Calcutta medical institutions reports 1879-81 [i.e.91]
Year: 1879
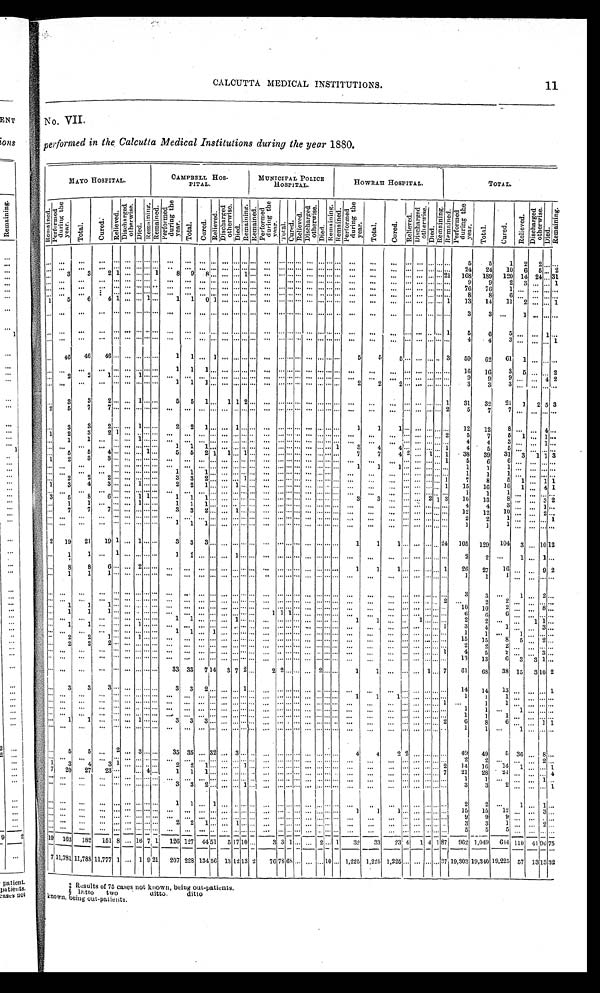
CALCUTTA MEDICAL INSTITUTIONS. 11
NO. VII.
performed in the Calcutta Medical Institutions during the year 1880.
MAYO HOSPITAL.
CAMPBELL HOS-
PITAL.
MUNICIPAL POLICE
HOSPITAL.
HOWRAH HOSPITAL.
TOTAL.
R e m a i n e d . P e r f o r m e d
d u r i n g t h e
y e a r .
T o t a l .
C u r e d .
R e l i e v e d .
D i s c h a r g e d
o t h e r w i s e .
D i e d .
R e m a i n i n g . R e m a i n e d .
P e r f o r m e d
d u r i n g t h e
y e a r .
T o t a l . C u r e d . R e l i e v e d .
D i s c h a r g e d
o t h e r w i s e .
D i e d .
R e m a i n i n g . R e m a i n e d .
P e r f o r m e d
d u r i n g t h e
y e a r .
T o t a l . C u r e d . R e l i e v e d .
D i s c h a r g e d
o t h e r w i s e .
D i e d .
R e m a i n i n g . R e m a i n e d .
P e r f o r m e d
d u r i n g t h e
y e a r .
T o t a l .
C u r e d .
R e l i e v e d . D i s c h a r g e d
o t h e r w i s e .
D i e d .
R e m a i n i n g .
R e m a i n e d .
P e r f o r m e d
d u r i n g t h e
y e a r .
T o t a l .
C u r e d .
R e l i e v e d .
D i s c h a r g e d
o t h e r w i s e .
D i e d .
. . . . . .
. . .
. . .
. . . . . . . . . . . . . . . . . .
. . . . . . . . . . . . . . .
. . .
. . . . . .
. . . . . . . . . . . . . . . . . . . . . . . .
. . .
. . .
. . . . . . . . . . . . . . . 5
5
1
2 2 . . .
...
. . .
. . .
. . .
. . . . . . . . . . . . . . . . . .
. . . . . . . . . . . . . . . . . . . . . . . .
. . . . . . . . . . . . . . . . . . . . . . . .
. . .
. . .
... ...
. . . . . . . .
... 24 24 10 6 5
. . .
. . .
3
3
2 1
. . . . . . . . .
1
8 9
8 . . . . . .
...
1 . . .
... ... .....
. . .
...
. . .
.......
. . . . . .
... ... ...
. . . _
... ... 21 168 189 120 14
2 4 . . .
. . . . . .
. . .
. . .
. . . . . . . . . . . . . . . . . .
. . . . . . . . . . . . . . . . . . . . . . . .
. . .
.......
. . . . . . . . .
......
. . .
... ...
... ... ... ... ... ...
9
9
2 3 ...
. . .
1
. . . . . .
. . .
. . .
. . . . . . . . . . . . . . . . . .
. . . . . . . . . . . . . . . . . . . . . . . .
. . . . . . . . . . . . . . . . . . . . . . . .
. . .
...
. . . . . . . . .
.......
. . .
76 76
1
. . . . . .
. . .
. . . . . .
. . .
. . .
. . . . . . . . . . . . . . . . . .
. . . . . . . . . . . . . . . . . . . . . . . .
. . . . . . . . . . . . . . . . . . . . . . . .
. . .
. . .
. . . . . . . . . . . . . . .
8
8
6 . . . . . . . . .
1
5
6
4
1 . . .
...
1
...
1
1 0 1 . . . . . . . . . . . . . . .
. . . . . . . . . . . . . . . . . . . . . . . .
. . .
. . .
. . . . . . . . . . . 1 1 3
1 4
1 1
2 . . . . . .
. . . . . .
. . .
. . .
. . . . . . . . . . . . . . . . . .
. . . . . . . . . . . . . . . . . . . . . . . .
. . . . . . . . . . . . . . . . . . . . . . . .
. . .
. . .
. . . . . . . . . . . . . . .
3
3 ...
1
. . . . . .
...
. . . . . .
. . .
. . .
. . . . . . . . . . . . . . . . . .
. . . . . . . . . . . . . . . . . . . . . . . .
. . . . . . . . . . . . . . . . . . . . . . . .
. . .
. . .
. . . . . . . . . . . .
1
5
6
5
. . . . . . 1
...
. . . . . .
. . .
. . . . . . . . . . . . . . . . . .
. . . . . . . . . . . . . . . . . . . . . . . .
. . . . . . . . . . . . . . . . . . . . . . . .
. . .
. . .
. . . . . . . . . . . . . . .
4
4
3
. . . . . . . . .
. . .
46 46 46
. . . . . . . . . . . . . . . . . . 1
1 . . . 1 . . . . . . . . . . . . . . .
. . . . . . . . . . . . . . . . . . . . .
5
5
5
. . .
...
. . . . . .
3 59 62 61 1
. . . . . .
. . .
. . . . . .
. . .
. . . . . . . . . . . . . . . 1
1 1 . . . . . . . . . . . . . . . . . .
. . . . . . . . . . . . . . . . . . . . . . . .
. . .
. . .
. . . . . . . . . . . . . . . 1 6
1 6
3
5
. . . . . .
2
. . .
2
2
1
. . . . . . 1 . . . . . . . . .
. . . . . . . . . . . . . . . . . . . . . . . .
. . . . . . . . . . . . . . . . . . . . . . . .
. . .
. . .
. . . . . . . . . . . . . . .
9
9
9 ...
...
..,
4
2
. . . . . .
. . .
. . .
. . . . . . . . . . . . . . . 1
1 1 . . . . . . . . . . . . . . . . . .
. . . . . . . . . . . . . . . . . . . . .
2
2
2
. . . . . . . . . . . . . . .
3
3
3
. . . . . . . . .
. . .
3
3
2
. . . . . . 1 . . . . . . 5
5 1 . . . 1 1 2 . . . . . .
. . . . . . . . . . . . . . . . . . . . . . . .
. . .
. . . . . .
... .....
. . .
1 31 32 21
1
2 5 3
2
5
7
7
. . . . . . . . . . . . . . . . . .
. . . . . . . . . . . . . . . . . . . . . . . .
. . . . . . . . . . . . . . . . . . . . . . . .
. . .
. . .
. . . . . . . . . . . . 2
5
7
7
. . . . . . . . .
. . .
3
3
2
. . . . . . 1 . . . . . . 2
2 1 . . . . . . 1 . . . . . . . . .
. . . . . . . . . . . . . . . . . . . . .
1
1
1
. . .
...
. . .
....
. . .
12 12
8
. . . . . . 4
1
2
3
2
1 . . . . . . . . . . . . . . .
. . . . . . . . . . . . . . . . . . . . . . . .
. . . . . . . . . . . . . . . . . . . . . . . .
. . .
. . .
. . . . . . . . . . . . 2
5
7
5 1
...
1
...
1 1
. . .
. . . . . . 1 . . . . . . . . .
. . . . . . . . . . . . . . . . . . . . . . . .
. . . . . . . . . . . . . . . . . . . . . . . .
. . .
...
. . . . . . . . . . . . . . .
4
4
3
...
. . .
1 ...
. . . . . .
. . .
. . .
. . . . . . . . . . . . . . . 1
1 1 . . . . . . . . . . . . . . . . . .
. . . . . . . . . . . . . . . . . . 1
3
4
4
. . .
...
. . . . . .
1
4
5
5
. . . . . . . . .
. . .
5 5
4
. . . . . . . . . 1 . . . 5
5 2 1 1 . . . 1 . . . . . .
. . . . . . . . . . . . . . . . . . . . .
7
7
4 2 . . .
1
. . .
1 38 39 31
3
1 1
1
2
3
3 ...
. . . . . . . . . . . . . . .
. . . . . . . . . . . . . . . . . . . . . . . .
. . . . . . . . . . . . . . . . . . . . . . . .
. . .
. . .
. . . . . . . . . . . .
1
5
6
6 ... ... ...
. . .
. . . . . .
. . .
. . .
. . . . . . . . . . . . . . . . . .
. . . . . . . . . . . . . . . . . . . . . . . .
. . . . . . . . . . . . . . . . . . . . .
1
1
1
. . . . . . . . . . . . . . .
1
1
1
. . . . . . . . .
. . .
. . .
. . .
. . . . . . . . . . . . . . . . . . 1
1 1 . . . . . . . . . . . . . . . . . .
. . . . . . . . . . . . . . . . . . . . .
...
... ...
. . . . . . . . . . . . . . .
1
1
1
. . . . . . . . .
. . .
2
2
2
. . . . . . . . . . . . . . . 3
3 2 . . . . . . . . . 1 . . . . .
. . . . . . . . . . . . . . . . . . . . . . . .
. . .
. . .
...
. . . . . . . . .
1
7
8
5
1
. . .
1 1
1
3
4
3
. . . . . . 1 . . . . . . 2
2 1 . . . . . . 1 . . . . . . . . .
. . . . . . . . . . . . . . . . . . . . . . . .
. . .
. . .
. . . . . . . . . . . .
1 15 16 10 1
. . .
4 1
. . . . . .
. . .
. . .
. . . . . . . . . . . . . . . . . .
. . . . . . . . . . . . . . . . . . . . .
...
. . . . . . . . .
...
. . . . . . . . . . . .
. . .
. . . . . . . . . . . . . . . . . .
1
1
1
. . . . . . . . .
3 5
8
6
. . .
...
1 1 . . . 1
1 1 . . . . . . . . . . . . . . . . . .
. . . . . . . . . . . . . . . . . . . . .
3
3
. . .
. . . . . .
2 1 3 10 13
8
. . . . . . 3
. . .
1
1
. . .
. . . . . . 1 . . . . . . 1
1 1 . . . . . . . . . . . . . . . . . .
. . . . . . . . . . . . . . . . . . . . . . . .
. . .
. . .
. . . . . . . . . . . . . . .
4
4
3
. . . . . . 1
. . .
7
7
7
. . . . . . . . . . . . . . . 3
3 2 . . . . . . 1 . . . . . . . . .
. . . . . . . . . . . . . . . . . . . . . . . .
. . .
. . .
. . . . . . . . . . . . . . . 1 2
1 2
10
. . . . . .
2 .
. . . . . .
. . .
. . .
. . . . . . . . . . . . . . . . . .
. . . . . . . . . . . . . . . . . . . . . . . .
. . . . . . . . . . . . . . . . . . . . . . . .
. . .
. . .
. . . . . . . . . . . . . . .
2
2
1
. . .
...
. . .
. . .
. . .
. . .
. . . . . . . . . . . . . . . . . . 1
1 1 . . . . . . . . . . . . . . . . . .
. . . . . . . . . . . . . . . . . . . . . . . .
. . .
. . .
. . . . . .
... ....,
. . .
...
1
1
1 ... ...
. . .
2 19 21 19
1 . . .
1 ... ...
3
3 3 . . . . . . . . . . . . . . . . . .
. . .
...
. . . . . .
... .......
. . . . . .
1
1
1 ...
. . .
... ...
. . . . . .
24 105 129 104 3
. . .
1 0
. . .
1 1
. . .
1 . . . . . . . . . . . .
1 1 . . . . . . . . . 1 . . . . . . . . .
. . . . . . . . . . . . . . . . . . . . . . . .
. . .
... ...
. . .
... ...
. . . . . . . . .
2
2
. . .
1 . . . 1
. . .
8
8 6
. . . . . . 2 . . . . . . . . .
. . . . . . . . . . . . . . . . . . . . . . . .
. . . . . . . . . . . . . . . . . . . . . 1
1
1 . . .
... ...
. . . . . .
1 26 27 16
. . . . . .
9 2
. . .
1
1
1
. . . . . . . . . . . . . . . . . .
. . . . . . . . . . . . . . . . . . . . . . . .
. . . . . . . . . . . . . . . . . . . . . . . .
. . .
. . .
. . . . . . . . . . . . . . .
1
1
1 . . .
. . . . . . . . .
. . . . . .
. . .
. . .
. . . . . . . . . . . . . . . . . .
. . . . . . . . . . . . . . . . . . . . . . . .
. . . . . . . . . . . . . . . . . . . . . . . .
. . .
. . .
. . . . . . . . . . . . . . .
3
3
. . .
1 ... 2 ...
. . . . . .
. . .
. . .
. . . . . . . . . . . . . . . . . .
. . . . . . . . . . . . . . . . . . . . . . . .
. . . . . . . . . . . . . . . . . . . . . . . .
. . .
... ...
. . .
... ..
. . . . . .
2 ...
2
2
. . . . . . . . .
. . .
1
1
1
. . . . . . . . . . . . . . . . . .
. . . . . . . . . . . . . . . . . . . . . . . .
. . . . . . . . . . . . . . . . . . . . . . . .
. . .
. . .
. . . . . . . . . . . . . . .
10 10
2
. . . . . . 8
. . .
1
1
1 . . . . . . . . . . . . . . . . . .
. . . . . . . . . . . . . . . . . . . . . 1
1 1 . . . . . . . . . . . . . . . . . .
. . .
. . .
. . . . . . . . . . . . . . .
6
6 6
. . . . . . . . .
. . . . . .
. . .
. . .
. . . . . . . . . . . . . . . 1
1 . . . . . . . . . 1 . . . . . . . . .
. . . . . . . . . . . . . . . . . . . . .
1
1
. . .
. . . 1 . . . . . . . . .
2
2
. . .
. . . 1 1
. . .
1
1
. . .
. . . . . . 1 . . . . . . . . .
. . . . . . . . . . . . . . . . . . . . . . . .
. . . . . . . . . . . . . . . . . . . . . . . .
. . .
. . .
. . . . . . . . . . . . 1
3
4
1
. . . . . . 3
. . . . . .
. . .
. . . . . . . . . . . . . . . . . . 1
1 . . . 1 . . . . . . . . . . . . . . .
. . . . . . . . . . . . . . . . . . . . . . . .
. . .
... ...
. . .
...
. . . . . . - . .
1
1
. . .
1 . . . . . .
. . .
2
2
1
. . . . . . 1 . . . . . . . . .
. . . . . . . . . . . . . . . . . . . . . . . .
. . . . . . . . . . . . . . . . . . . . . . . .
. . .
... . . .
. . . . . . . . . . . . . . .
15
15
8 5
. . .
2 ...
. . .
2
2
2
. . . . . . . . . . . . . . . . . .
. . . . . . . . . . . . . . . . . . . . . . . .
. . . . . . . . . . . . . . . . . . . . . . . .
. . .
... . . .
. . . . . . . . . . . . . . .
2
2
2 ...
. . . . . .
. . .
. . . . . .
. . .
. . .
. . . . . . . . . . . . . . . . . .
. . . . . . . . . . . . . . . . . . . . . . . .
. . . . . . . . . . . . . . . . . . . . . . . .
. . .
. . .
. . . . . . . . . . . .
1
4
5
2
. . . . . . 3
. . . . . .
. . .
. . .
. . . . . . . . . . . . . . . . . .
. . . . . . . . . . . . . . . . . . . . . . . .
. . . . . . . . . . . . . . . . . . . . . . . .
. . .
. . .
. . . . . . . . . . . . . . .
13 13
6
3 3 1
. . .
...
. . .
. . . . . . . . .
...
. . . . . .
33 33 7 14 3 7 2 ...
2
2 . . . . . . . . . 2 . . . . . .
1
1 ... ...
. . .
... 1
. . .
7 61 68 38 15 3
1 0
2
. . .
3
3
3
. . . . . . . . . . . . . . . 3
3 2 . . . . . . . . . 1 . . .
...
. . .
....,
. . . . . . . . . . . . . . .
... ...
... ...
. . . . . . . . . . . . . . .
14 14 13 ...
. . . . . .
. . .
1
. . . . . .
. . .
. . .
. . . . . . . . . . . . . . . . . .
. . . . . . . . . . . . . . . . . . . . . . . .
. . . . . . . . . . . . . . . . . . . . .
1
1
1
. . . . . . . . . . . . . . .
1
1
1
. . . . . . . . .
. . .
... ...
. . . . . . . . . . . . . . . . . . . . .
. . . . . . . . . . . . . . . . . . . . .
... .
. . . . . . . . . . . . . . . . . . . . .
...
. . .
. . .
. . . . . . . . . . . .
1 ...
1
1
. . . . . . . . .
. . . . . .
. . .
. . .
. . . . . . . . . . . . . . . . . .
. . . . . . . . . . . . . . . . . . . . . . . .
. . . . . . . . .
... . . .
. . . . . . . . .
...
. . .
. . .
. . . . . . . . . . . . . . .
1
1 ...
1 . . . . . .
. . . . . .
. . .
. . .
. . . . . . . . . . . . . . . . . .
. . . . . . . . . . . . . . . . . . . . . . . .
. . . . . . . . . . . . . . . . . . . . . . . .
...
. . .
. . . . . . . . . . . . . . .
1
1
1 . . . . . . . . .
. . .
1
1
. . .
. . . . . . 1 . . . . . . 3
3 3 . . . . . . . . . . . . . . . . . .
. . . . . . . . . . . . . . . . . . . . . . . .
. . .
. . .
. . . . . . . . . . . . 2
6
8
6
. . . . . . 1
. . .
... ...
. . . . . . . . . . . . . . . . . .
. . .
. . . . . . . . . . . . . . . . . . . . .
...
. . . . . . . . . . . . . . . . . . . . .
...
. . .
. . .
. . .
... .
. . . . . . . .
1
1
. . .
1
...
. . .
. . .
5
5
. . .
2 . . . 3
. . .
. . . 3 5
3 5 . . . 3 2 . . . 3 . . . . . . . . .
. . . . . . . . . . . . . . . . . . . . .
4
4
2 2 ...
. . . . . .
... 49 49
5
36 ...
8
. . . . . .
. . .
. . .
. . . . . . . . . . . . . . . . . .
. . . . . . . . . . . . . . . . . . . . . . . .
. . . . . . . . . . . . . . . . . . . . . . . .
. . .
. . .
. . . . . . . . . . . . . . . 2
2
. . .
. . . . . . 2
1 3
4
3 1
. . .
...
. . .
...
2
2 1 . . . . . . . . . 1 . . . . . .
. . . . . . . . . . . . . . . . . . . . . . . .
. . .
. . .
. . . . . . . . . . . .
2 14 16 14 1
. . . . . .
1
7
20 27
2 3
. . .
. . . 4 . . . 1
1 1 . . . . . . . . . . . . . . . . . .
. . . . . . . . . . . . . . . . . . . . . . . .
. . .
. . .
. . . . . . . . . . . 7 2 1
2 8
2 4
. . . . . . . . .
4
. . . . . .
. . .
. . .
. . . . . . . . . . . . . . . . . .
. . . . . . . . . . . . . . . . . . . . . . . .
. . . . . . . . . . . . . . . . . . . . . . . .
. . .
. . .
. . . . . . . . . . . . . . . 1
1
. . .
. . . . . .
1
. . .
...
. . .
. . . . . . . . . . . . . . . . . . 3
3 2 . . . . . . . . . 1 . . .
... ... ..
. . . . . . . . . . . . . . . . . . . . .
. . .
. . .
. . . . . . . . . . . . . . .
3
3
2 ..
. . .
... .
. . .
1
. . .
. . . . . .
. . .
. . . . . . . . . . . . . . . 1
1 . . . 1 . . . . . . . . . . . . . . .
. . . . . . . . . . . . . . . . . . . . .
...
. . .
... ...
. . .
... ...
. . . . . .
...
2
2 ...
1
. . .
1
. . .
...
. . .
. . .
. . . . . . . . . . . . . . . . . .
. . . . . . . . . . . . . . . . . . . . . . . .
. . . . . . . . . . . . . . . . . . . . .
1
1
1 ...
. . .
... ...
. . . . .
... 15 15 12
. . . . . .
3 ...
. . .
...
. . .
. . . . . . . . . . . . . . . . . . . . .
. . . . . . . . . . . . . . . . . . . . . . . .
.....
. . . . . .
... ...
. . . . . . . . . . . .
...
. . .
. . .
... ...
. . .
.... .
. . .
9
9
9
. . . . . .
. . . . . .
. . .
. . .
. . . . . . . . . . . . . . . 2
2 1 . . . . . . 1 . . . . . . . . .
. . . . . . . . . . . . . . . . . . . . . . . .
. . .
. . .
. . . . . . . . . . . . . . .
3
3
1
. . . . . . 2
. . . . . .
. . .
. . .
. . . . . . . . . . . . . . . . . .
. . . . . . . . . . . . . . . . . . . . . . . .
. . . . . . . . . . . . . . . . . . . . . . . .
. . .
. . .
. . . . . . . . . . . . . . .
5
5
5
. . .
... ..
...
1 9
_ 163 182 151 8 ...
-
1 6
7 1 126
1 2 7 4 4 5 1 5 1 7 1 0 . . . 3
3 1 . . . . . .
2
. . .
1 32 33
2 3
4
1 4
1 871
8 7
962 1,049 614
1 1 0 4 1
9 6
7
1 1 , 7 8 1
11,788 11,777 1 ... 1
9
2 1
207 228 134
5 5 6
13 12 13
2
76
7 8 6 8 . . .
. . .
. . .
10
. . .
1,225 1,225 1,225... ...
. . .
...
3 7
19,303 19,340 19,225 57 13
1 3
‡ Results of 75 cases not known, being out-patients.
§ Ditto two
ditto.
ditto
known, being out-patients.